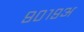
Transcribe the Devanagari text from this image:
९०१९अ